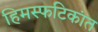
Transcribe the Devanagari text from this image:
हिमस्फटिकांत